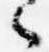
々